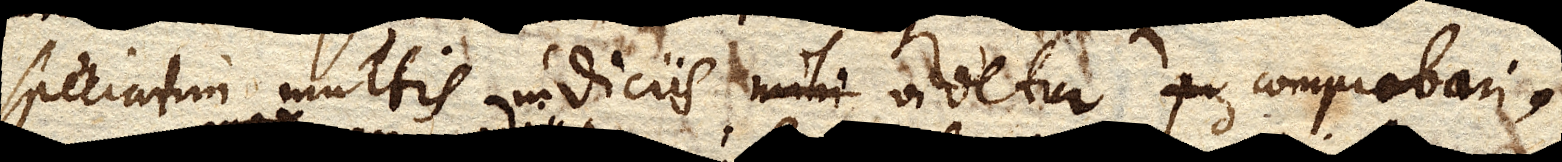
speciatim multis indiciis mihi videtur comprobari.